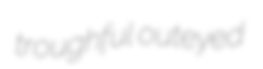
troughful outeyed